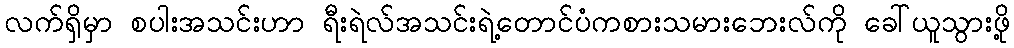
လက်ရှိမှာ စပါးအသင်းဟာ ရီးရဲလ်အသင်းရဲ့တောင်ပံကစားသမားဘေးလ်ကို ခေါ်ယူသွားဖို့